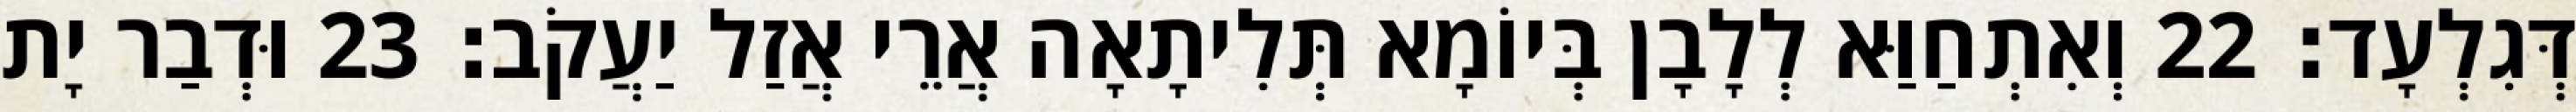
דְּגִלְעָד׃ 22 וְאִתְחַוַּא לְלָבָן בְּיוֹמָא תְּלִיתָאָה אֲרֵי אֲזַל יַעֲקֹב׃ 23 וּדְבַר יָת